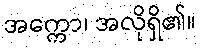
အက္ကော၊ အလိုရှိ၏။